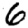
Digit: 6